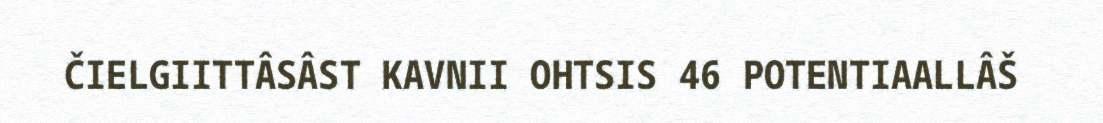
ČIELGIITTÂSÂST KAVNII OHTSIS 46 POTENTIAALLÂŠ